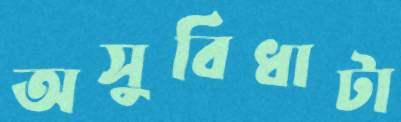
অসুবিধাটা